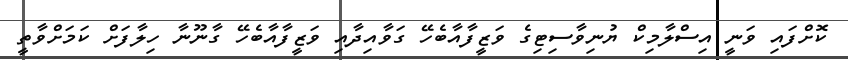
ކޮށްފައި ވަނީ އިސްލާމިކް ޔުނިވާސިޓިގެ ވަޒީފާއާބެހޭ ގަވާއިދާއި ވަޒީފާއާބެހޭ ގާނޫނާ ހިލާފަށް ކަމަށްވާތީ